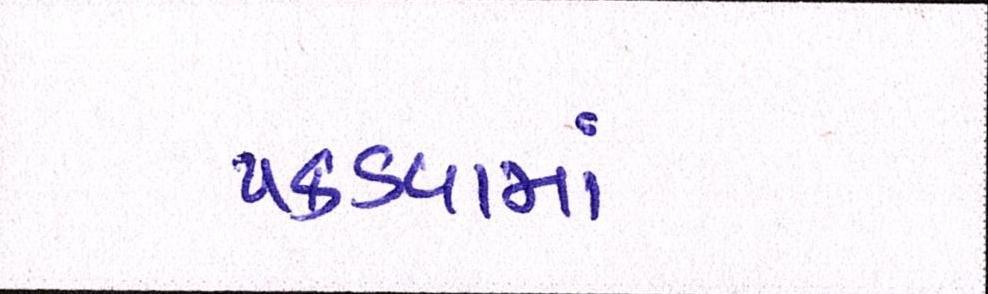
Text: પકડવામાં